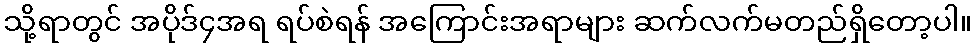
သို့ရာတွင် အပိုဒ်၄အရ ရပ်စဲရန် အကြောင်းအရာများ ဆက်လက်မတည်ရှိတော့ပါ။